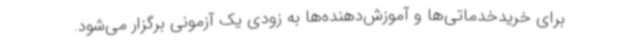
برای خریدخدماتی‌ها و آموزش‌دهنده‌ها به زودی یک آزمونی برگزار می‌شود.